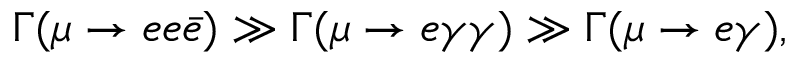
\Gamma ( \mu \rightarrow e e \bar { e } ) \gg \Gamma ( \mu \rightarrow e \gamma \gamma ) \gg \Gamma ( \mu \rightarrow e \gamma ) ,